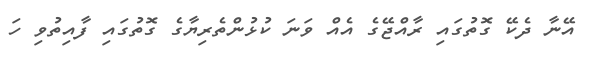
އޭނާ ދެކޭ ގޮތުގައި ރާއްޖޭގެ އެއް ވަނަ ކުޅުންތެރިޔާގެ ގޮތުގައި ފާއިތުވި ހަ